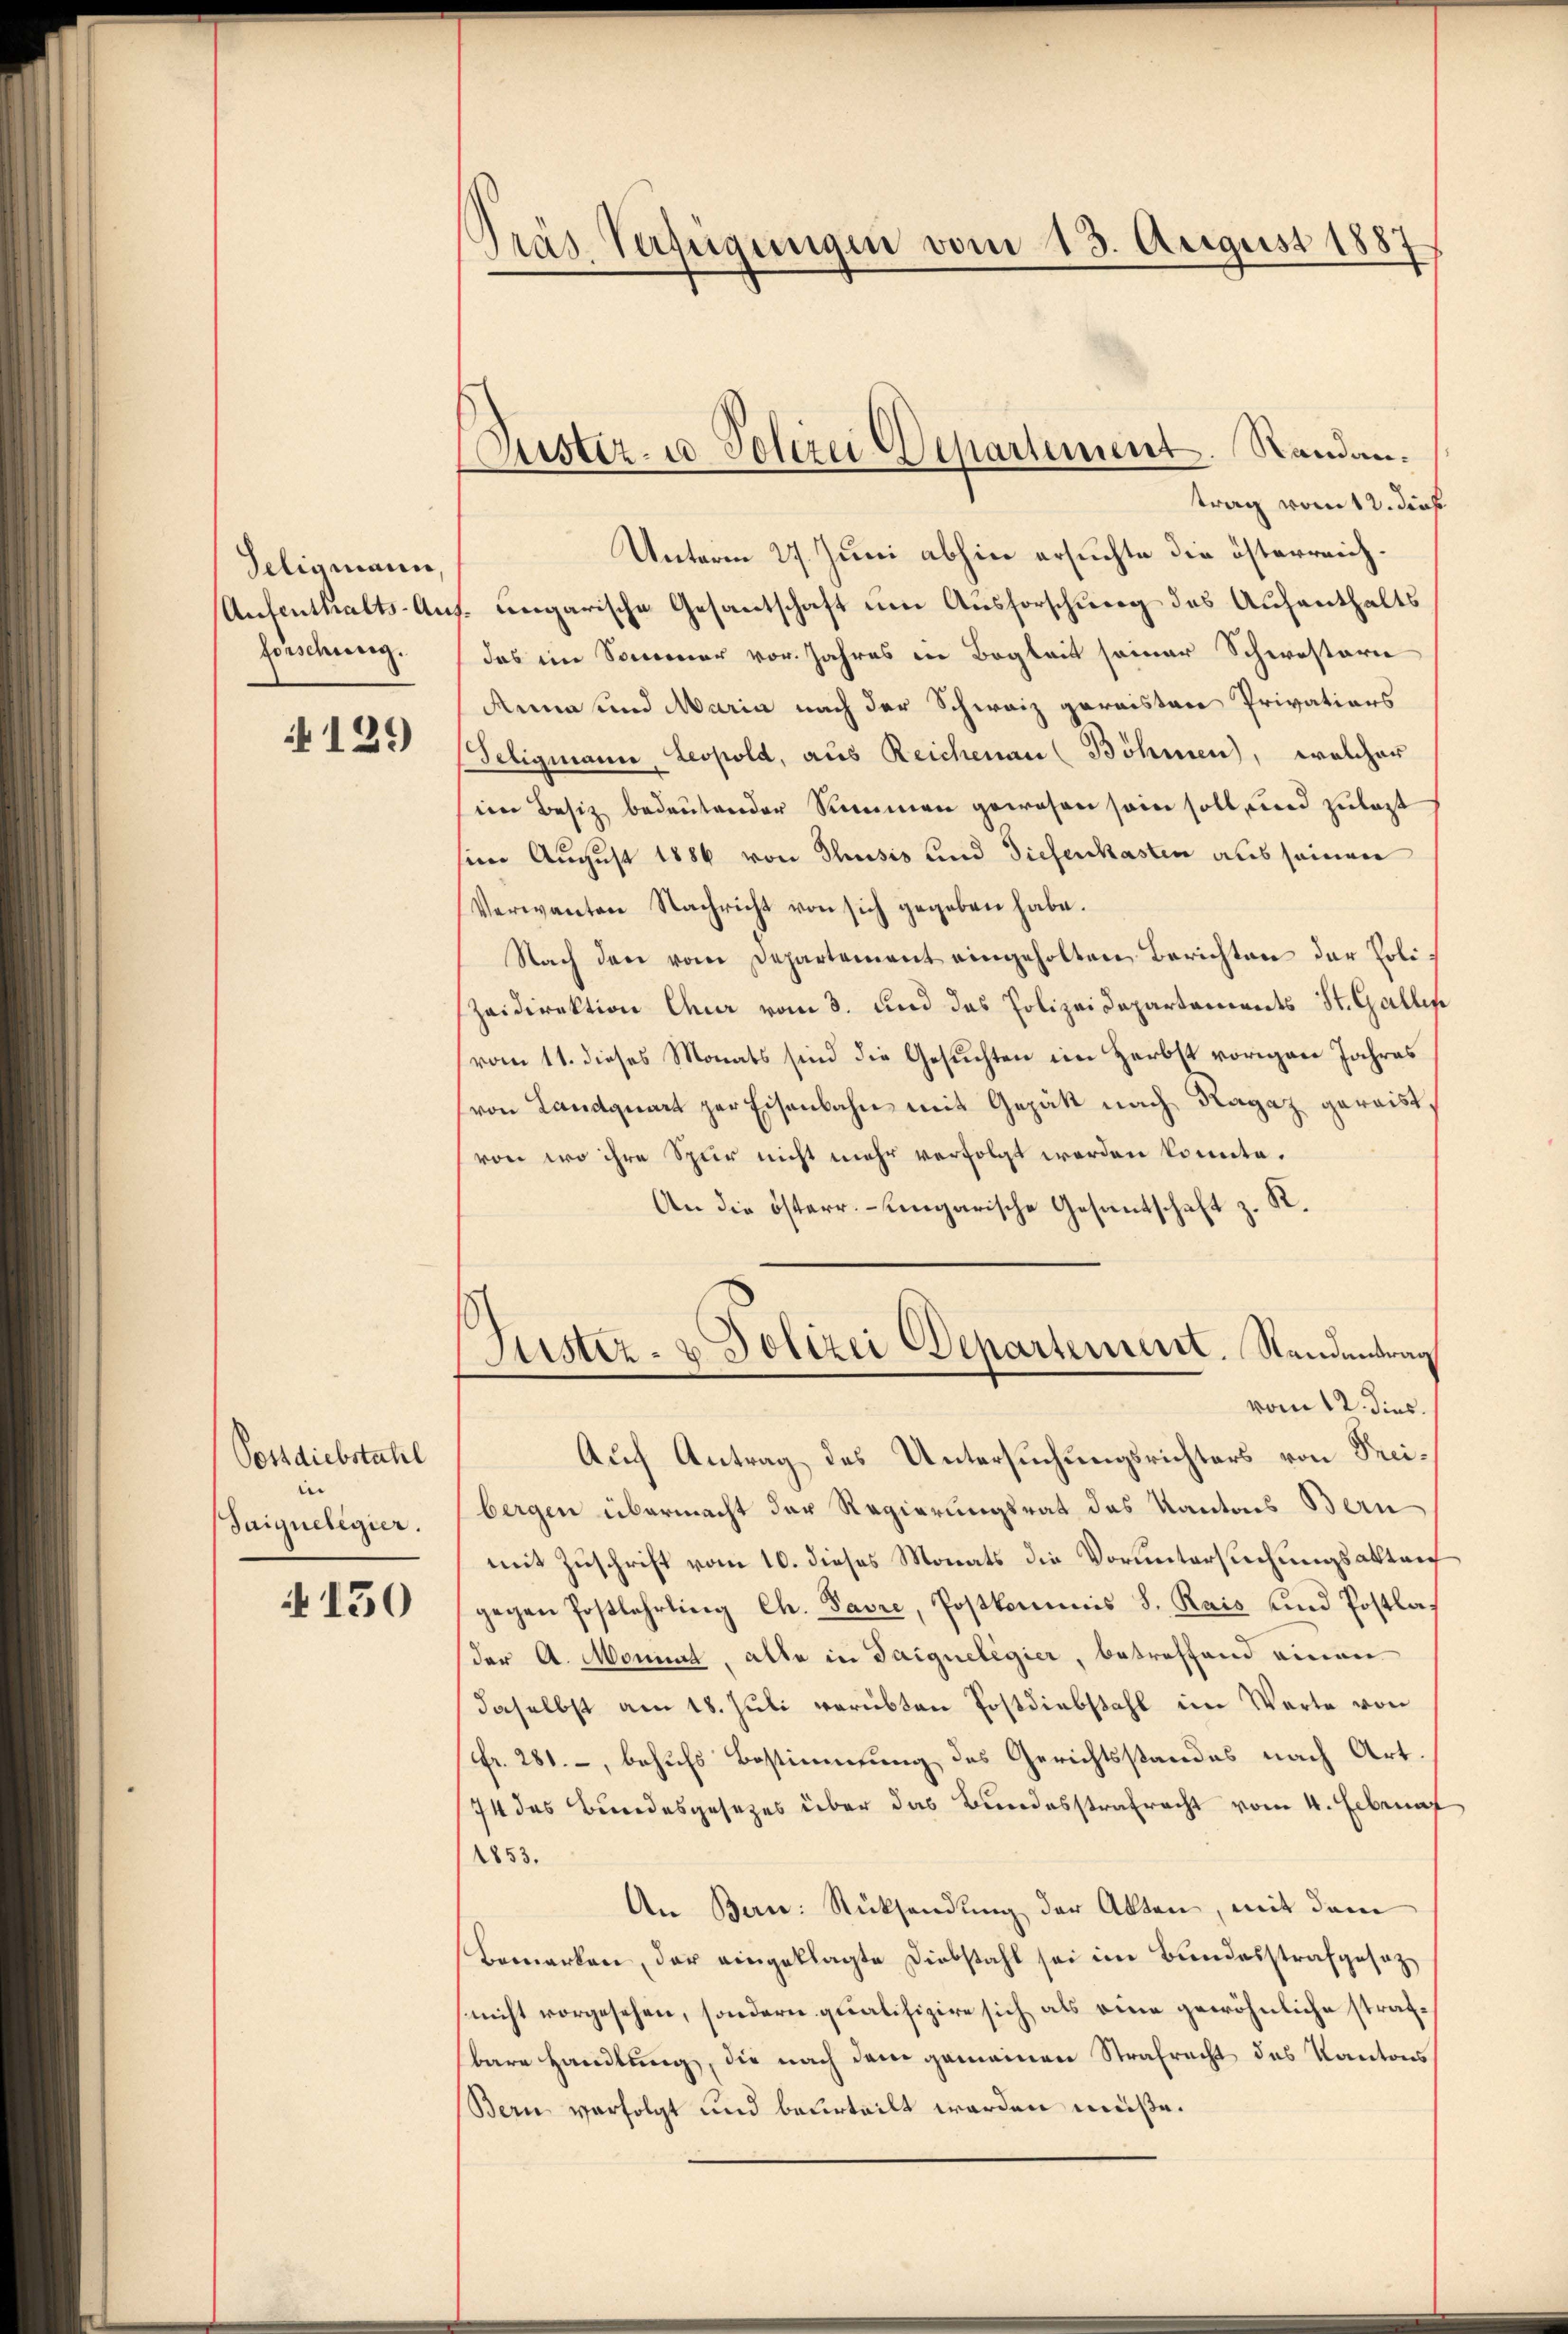
Seligmann,
Aufenthalts-An
forschung.

129

Postdiebstahl
.
Saignelegier.

150

Pras Verfügungen vom 13. August 1887

trag vom 12. dies
Unterm 27. Juni abhin ersuchte die österreichungarische Gesantschaft um Ausforschung des Aufenthalts
das im Sommer vor. Jahres in Begleit seiner Schwesterie
Anna und Maria nach der Schweiz garaistere Privations
Teligmann, Leopold, aus Reichenau (Böhmen, welcher
in Besitz bedeutender Sammen gewesen sein soll, und zulast
sim August 1886 von Thusis und diefenkasten aus seinen
Verwanten Nachricht von sich gegeben habe.
Nach den vom Departement eingeholten Berichten der Poli¬
Zeidirektion Chur vom 3. und das Polizeidepartements St. Gallis
vom 11. dieses Monats sind die Gesuchten im Herbst vorigen Jahres
(von Landquart zur Eisenbahn mit Gepätt nach Ragaz geraist,
von wo ihre Spur nicht mehr verfolgt werden könnte.
An die österr. eingarische Gesantschaft z. R.
Zuster- u Polizei Departement. Randantrag
vom 12. dies.
Auch Antrag des Untersuchungsrichters von Preibergen übermacht der Regierungsrat des Kantons Bern
mit Zuschrift vom 10. dieses Monats die Voruntersuchungsaktan
gegen Postlehrling Ch. Pavre, Postkommis S. Rais und Postlader A. Monnat, alle in Saigueligier, betreffend einen
daselbst am 18. Juli verübten Postdiebstahl im Warte von
fr. 281, behufs Bestimmung des Gerichtsstandes nach Art.
74 des Bundesgesetzes über das Bundesstrafracht vom 4. Ebenar
1853.
An Bern: Rücksendung der Akten, mit dem
Bemerken, der eingeklagte Diebstahl sei im Bundesstrafgeseznicht vorgesehen, sondern qualifizire sich als eine gewöhnliche strafbare Handlung, die nach dem gemeinen Strafrecht des Kantons
Bern verfolgt und beurteilt werden müße.

Lister- u Polizei Departement. Standan¬